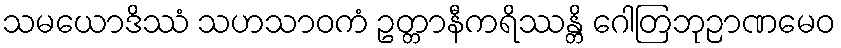
သမယောဒိဿံ သဟသာဝကံ ဥတ္တာနီကရိဿန္တိ ဂေါတြဘုဉာဏမေဝ